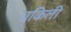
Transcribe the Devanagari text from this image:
वकिली